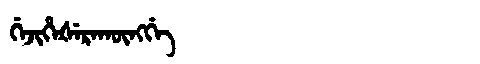
Manchu: ᡤᡝᠵᡳᡥᡝᡧᡝᡵᠠᡴᡡᠩᡤᡝ
Romanization: GEJIHEŠERAKŪNGGE